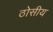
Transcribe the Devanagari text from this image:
ठोसीय